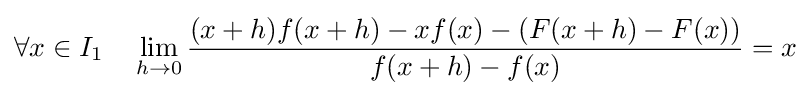
\forall x\in I_{1}\quad \lim _{h\to 0}{\frac {(x+h)f(x+h)-xf(x)-\left(F(x+h)-F(x)\right)}{f(x+h)-f(x)}}=x